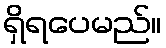
ရှိရပေမည်။